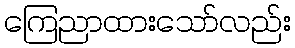
ကြေညာထားသော်လည်း